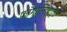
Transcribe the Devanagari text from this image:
फ़ॉर्माल्डिहाइड